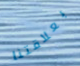
بعلاقتنا